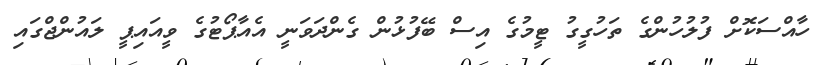
ހާއްސަކޮށް ފުލުހުންގެ ތަހުގީގު ޓީމުގެ އިސް ބޭފުޅުން ގެންދަވަނީ އެއާޕޯޓުގެ ވީއައިޕީ ލައުންޖްގައި